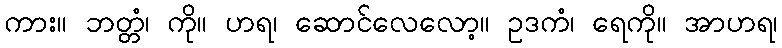
ကား။ ဘတ္တံ၊ ကို။ ဟရ၊ ဆောင်လေလော့။ ဥဒကံ၊ ရေကို။ အာဟရ၊